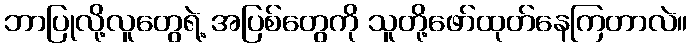
ဘာပြုလို့လူတွေရဲ့ အပြစ်တွေကို သူတို့ဖော်ထုတ်နေကြတာလဲ။